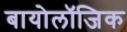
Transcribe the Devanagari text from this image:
बायोलॉजिक